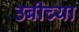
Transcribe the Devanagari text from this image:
उबीच्या